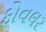
ફોવલર